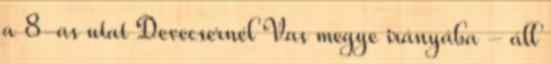
a 8-as utat Devecsernél Vas megye irányába - áll